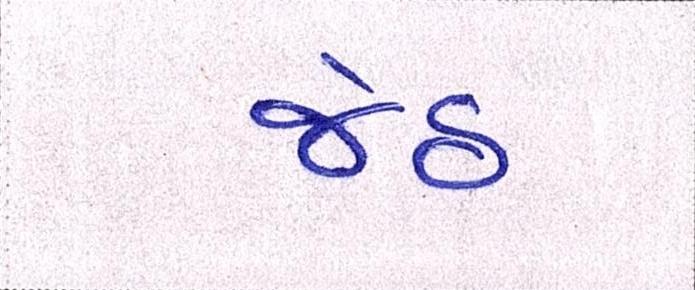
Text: જેઠ